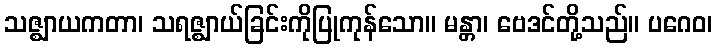
သဇ္ဈာယကတာ၊ သရဇ္ဈာယ်ခြင်းကိုပြုကုန်သော။ မန္တာ၊ ဗေဒင်တို့သည်။ ပဂေဝ၊